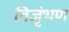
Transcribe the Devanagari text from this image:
विजृंभण